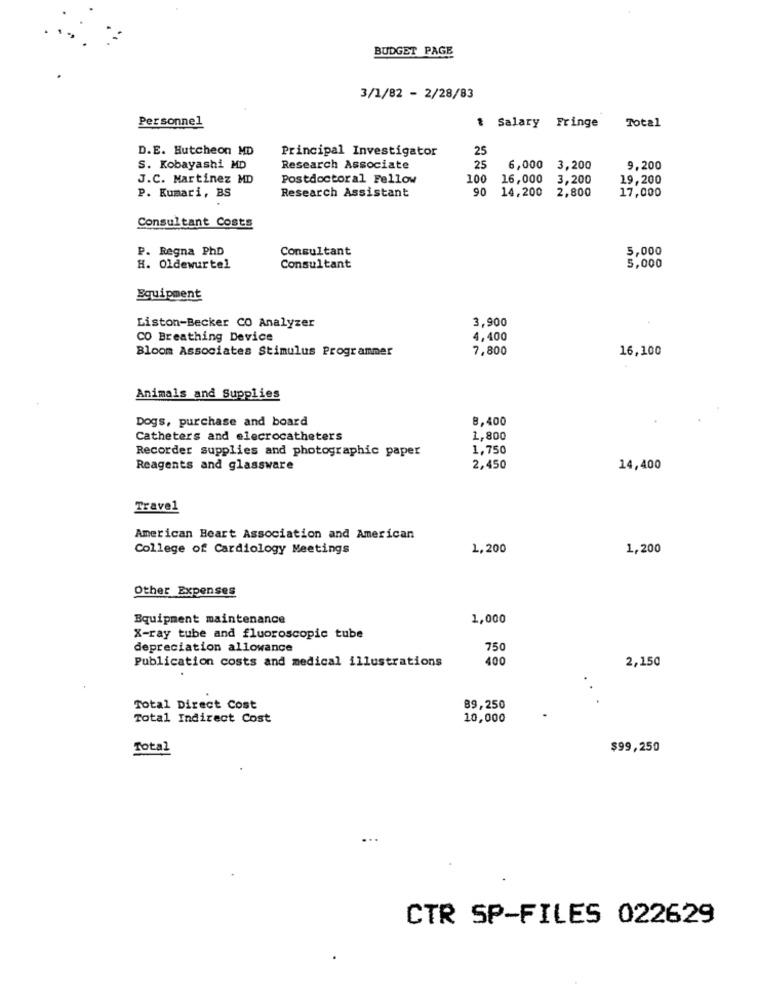
BUDGET PAGE
3/1/82 - 2/28/83
Personnel
Total
Salary Fringe
D.E. Hutcheon MD
Principal Investigator
25
S. Kobayashi MD
Research Associate
25
6,000
3,200
9.200
J.C. Martinez MD
Postdoctoral Fellow
100
16,000
3,200
19,200
Research Assistant
90
17,000
P. Kumari, BS
14,200
2,800
Consultant Costs
P. Regna PhD
Consultant
5,000
H. Oldewurtel
Consultant
5,000
Equipment
3,900
Liston-Becker CO Analyzer
CO Breathing Device
4,400
Bloom Associates Stimulus Programmer
7,800
16,100
Animals and Supplies
Dogs, purchase and board
8,400
Catheters and elecrocatheters
1,800
Recorder supplies and photographic paper
1,750
Reagents and glassware
2,450
14,400
Travel
American Heart Association and American
College of Cardiology Meetings
1,200
1,200
Other Expenses
Equipment maintenance
1,000
X-ray tube and fluoroscopic tube
depreciation allowance
750
Publication costs and medical illustrations
400
2,150
Total Direct Cost
89,250
Total Indirect Cost
10,000
Total
$99,250
CTR SP-FILES 022629